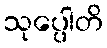
သုပ္ပေါတိ